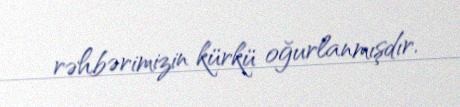
rəhbərimizin kürkü oğurlanmışdır.